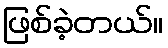
ဖြစ်ခဲ့တယ်။